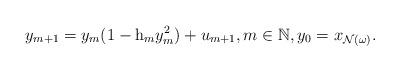
LaTeX: \begin{align*}y_{m+1}=y_m(1-{\rm h}_my_m^2)+u_{m+1}, m\in \mathbb N, y_0=x_{\mathcal N(\omega)}.\end{align*}